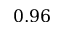
0 . 9 6